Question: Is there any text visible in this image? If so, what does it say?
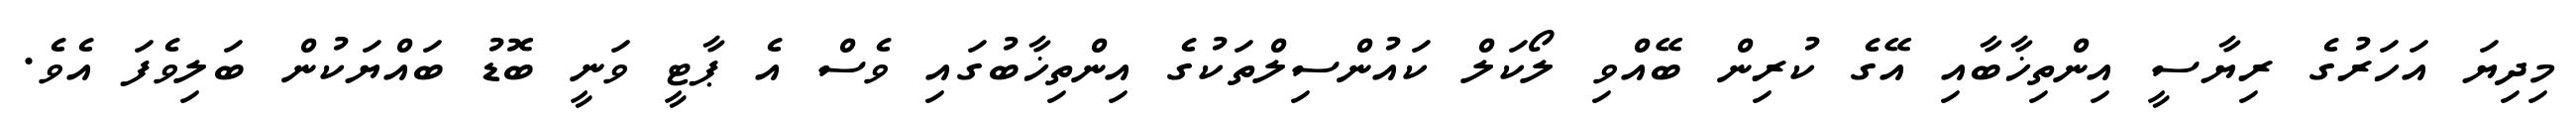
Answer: މިދިޔަ އަހަރުގެ ރިޔާސީ އިންތިޚާބާއި އޭގެ ކުރިން ބޭއްވި ލޯކަލް ކައުންސިލްތަކުގެ އިންތިޚާބުގައި ވެސް އެ ޕާޓީ ވަނީ ބޮޑު ބައްޔަކުން ބަލިވެފަ އެވެ.